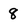
Character: 8